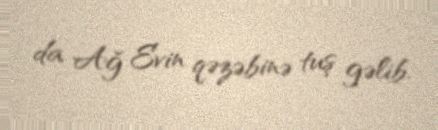
da Ağ Evin qəzəbinə tuş gəlib.